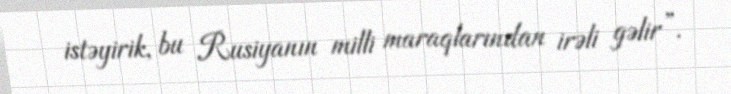
istəyirik, bu Rusiyanın milli maraqlarından irəli gəlir”.